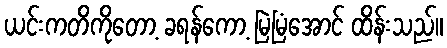
ယင်းကတိကိုတော့ ခရန်ကော့ မြဲမြံအောင် ထိန်းသည်။